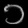
Digit: ၁